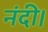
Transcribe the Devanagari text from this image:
नंदी।